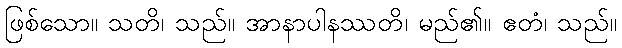
ဖြစ်သော။ သတိ၊ သည်။ အာနာပါနဿတိ၊ မည်၏။ ဧတံ၊ သည်။